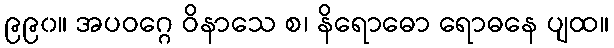
၉၉၀။ အပဝဂ္ဂေ ဝိနာသေ စ၊ နိရောဓော ရောဓနေ ပျထ။